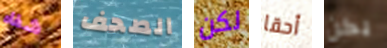
شفاه الصحف لكن أحقا يكن